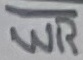
Text: WR